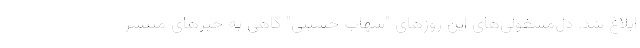
ابلاغ شد. دل‌مشغولی‌های این روزهای "شهاب حسینی" گاهی به خبرهای منتشر